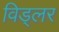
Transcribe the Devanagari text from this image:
विड्लर